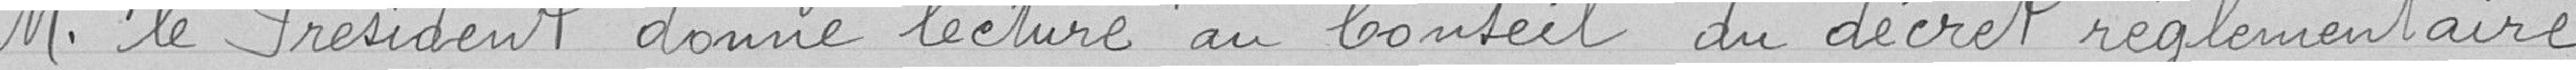
M. le Président donne lecture au Conseil du décret réglementaire